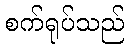
စက်ရုပ်သည်